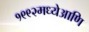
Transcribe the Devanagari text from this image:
१९९२मध्येआणि